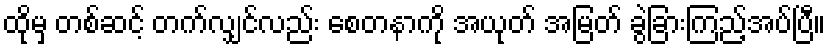
ထိုမှ တစ်ဆင့် တက်လျှင်လည်း စေတနာကို အယုတ် အမြတ် ခွဲခြားကြည့်အပ်ပြီ။